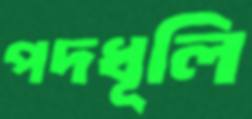
পদধূলি